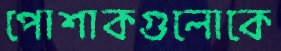
পোশাকগুলোকে